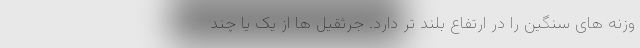
وزنه های سنگین را در ارتفاع بلند تر دارد. جرثقیل ها از یک یا چند